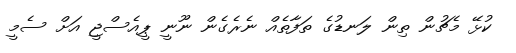
ކުޅޭ މެޗުން ތިން ލަނޑުގެ ތަފާތެއް ނެރެގެން ނޫނީ ޕީއެސްޖީ އަށް ސެމީ